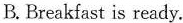
B.Breakfast is ready.